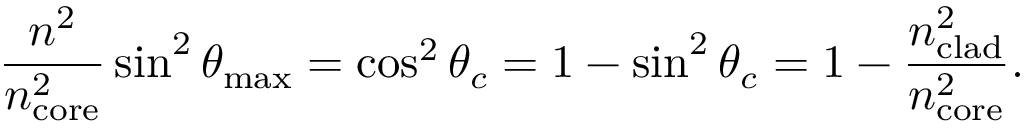
{ \frac { n ^ { 2 } } { n _ { \mathrm { c o r e } } ^ { 2 } } } \sin ^ { 2 } \theta _ { \mathrm { m a x } } = \cos ^ { 2 } \theta _ { c } = 1 - \sin ^ { 2 } \theta _ { c } = 1 - { \frac { n _ { \mathrm { c l a d } } ^ { 2 } } { n _ { \mathrm { c o r e } } ^ { 2 } } } .